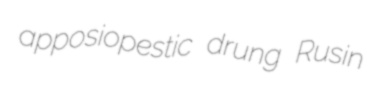
apposiopestic drung Rusin